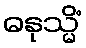
ဓနုသ္မိံ